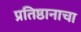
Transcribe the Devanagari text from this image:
प्रतिष्ठानाचा